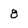
Character: 8